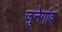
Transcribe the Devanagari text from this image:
जुनेगांव